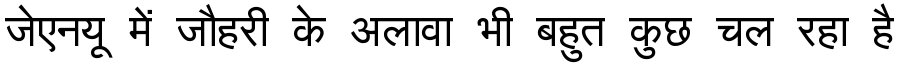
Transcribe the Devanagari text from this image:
जेएनयू में जौहरी के अलावा भी बहुत कुछ चल रहा है